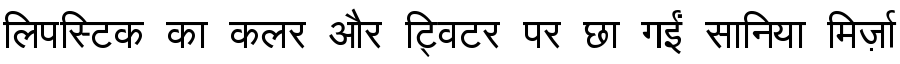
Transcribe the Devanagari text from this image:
लिपस्टिक का कलर और ट्विटर पर छा गईं सानिया मिर्ज़ा